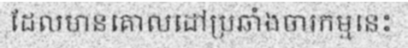
ដែលមានគោលដៅប្រឆាំងចារកម្មនេះ